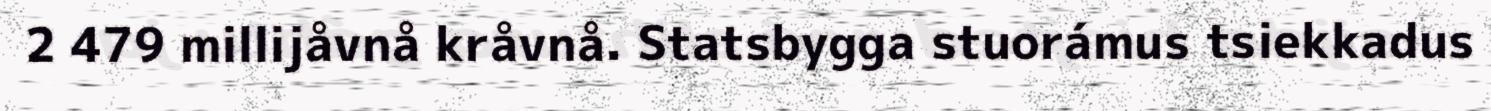
2 479 millijåvnå kråvnå. Statsbygga stuorámus tsiekkadus